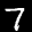
Label: 7